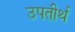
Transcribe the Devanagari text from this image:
उपतीर्थ